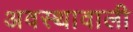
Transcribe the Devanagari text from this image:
अवस्थावाली